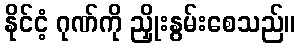
နိုင်ငံ့ ဂုဏ်ကို ညှိုးနွမ်းစေသည်။